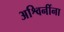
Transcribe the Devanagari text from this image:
अश्विनींना